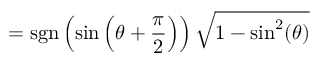
= \operatorname { s g n } \left( \sin \left( \theta + { \frac { \pi } { 2 } } \right) \right) { \sqrt { 1 - \sin ^ { 2 } ( \theta ) } }